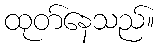
ထုတ်နေသည်။